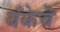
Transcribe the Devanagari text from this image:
बँकेचॆ